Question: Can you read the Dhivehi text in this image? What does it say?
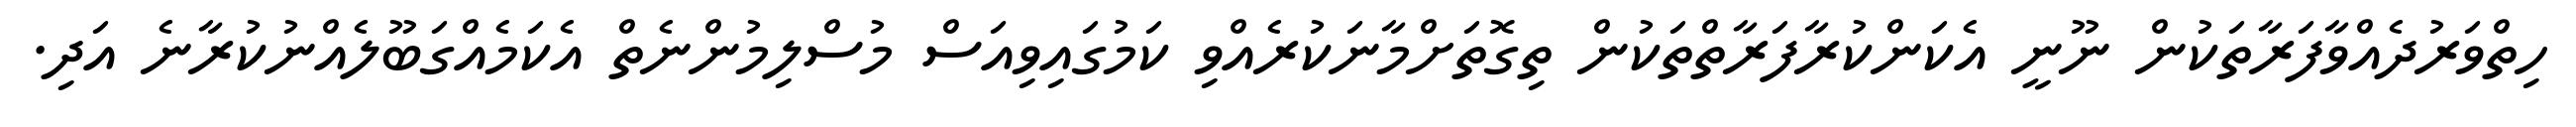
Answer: ހިތްވަރުދެއްވާފަރާތަކުން ނޫނީ އެކަންކުރާފަރާތްތަކުން ތިގޮތަށްމާނަކުރެއްވި ކަމުގައިވިއަސް މުސްލިމުންނެތް އެކަމެއްގަބޫލެއްނުކުރާނެ އަދި.